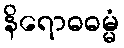
နိရောဓဓမ္မံ